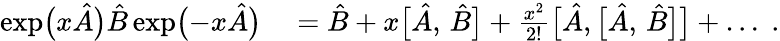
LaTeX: \begin{array}{rl}{\exp\bigl(x\hat{A}\bigr)\hat{B}\exp\bigl(-x\hat{A}\bigr)}&{{}=\hat{B}+x\bigl[\hat{A},\, \hat{B}\bigr]+\frac{x^{2}}{2!}\bigl[\hat{A},\bigl[\hat{A},\, \hat{B}\bigr]\bigr]+\ldots\; .}\end{array}